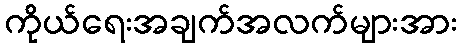
ကိုယ်ရေးအချက်အလက်များအား